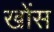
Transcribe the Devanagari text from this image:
खोंस